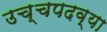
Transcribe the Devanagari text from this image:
उच्चपदव्या